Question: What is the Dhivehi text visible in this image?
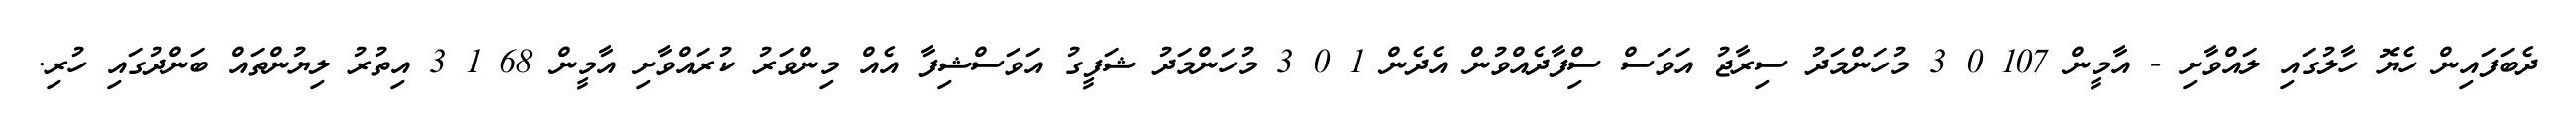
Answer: ދެބަފައިން ހެޔޮ ހާލުގައި ލައްވާށި - އާމީން 107 0 3 މުހަންމަދު ސިރާޖު އަވަސް ސްިފާދެއްވުން އެދެން 1 0 3 މުހަންމަދު ޝަފީގު އަވަސްޝިފާ އެއް މިންވަރު ކުރައްވާށި އާމީން 68 1 3 އިތުރު ލިޔުންތައް ބަންދުގައި ހުރި.